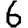
Digit: 6